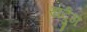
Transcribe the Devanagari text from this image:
खर्दुंग